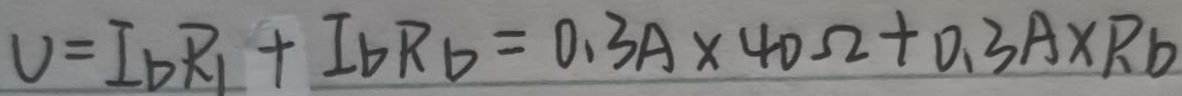
U = I _ { b } R _ { 1 } + I _ { b } R _ { b } = 0 . 3 A \times 4 0 \Omega + 0 . 3 A \times R b